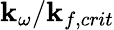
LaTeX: \mathbf{k}_{\omega}/\mathbf{k}_{f,crit}